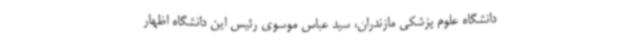
دانشگاه علوم پزشکی مازندران، سید عباس موسوی رئیس این دانشگاه اظهار